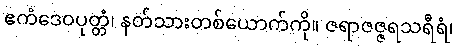
ဧကံဒေဝပုတ္တံ၊ နတ်သားတစ်ယောက်ကို။ ဇရာဇဇ္ဇရသရီရံ၊